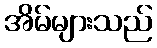
အိမ်များသည်